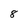
Character: 8